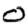
Digit: 0